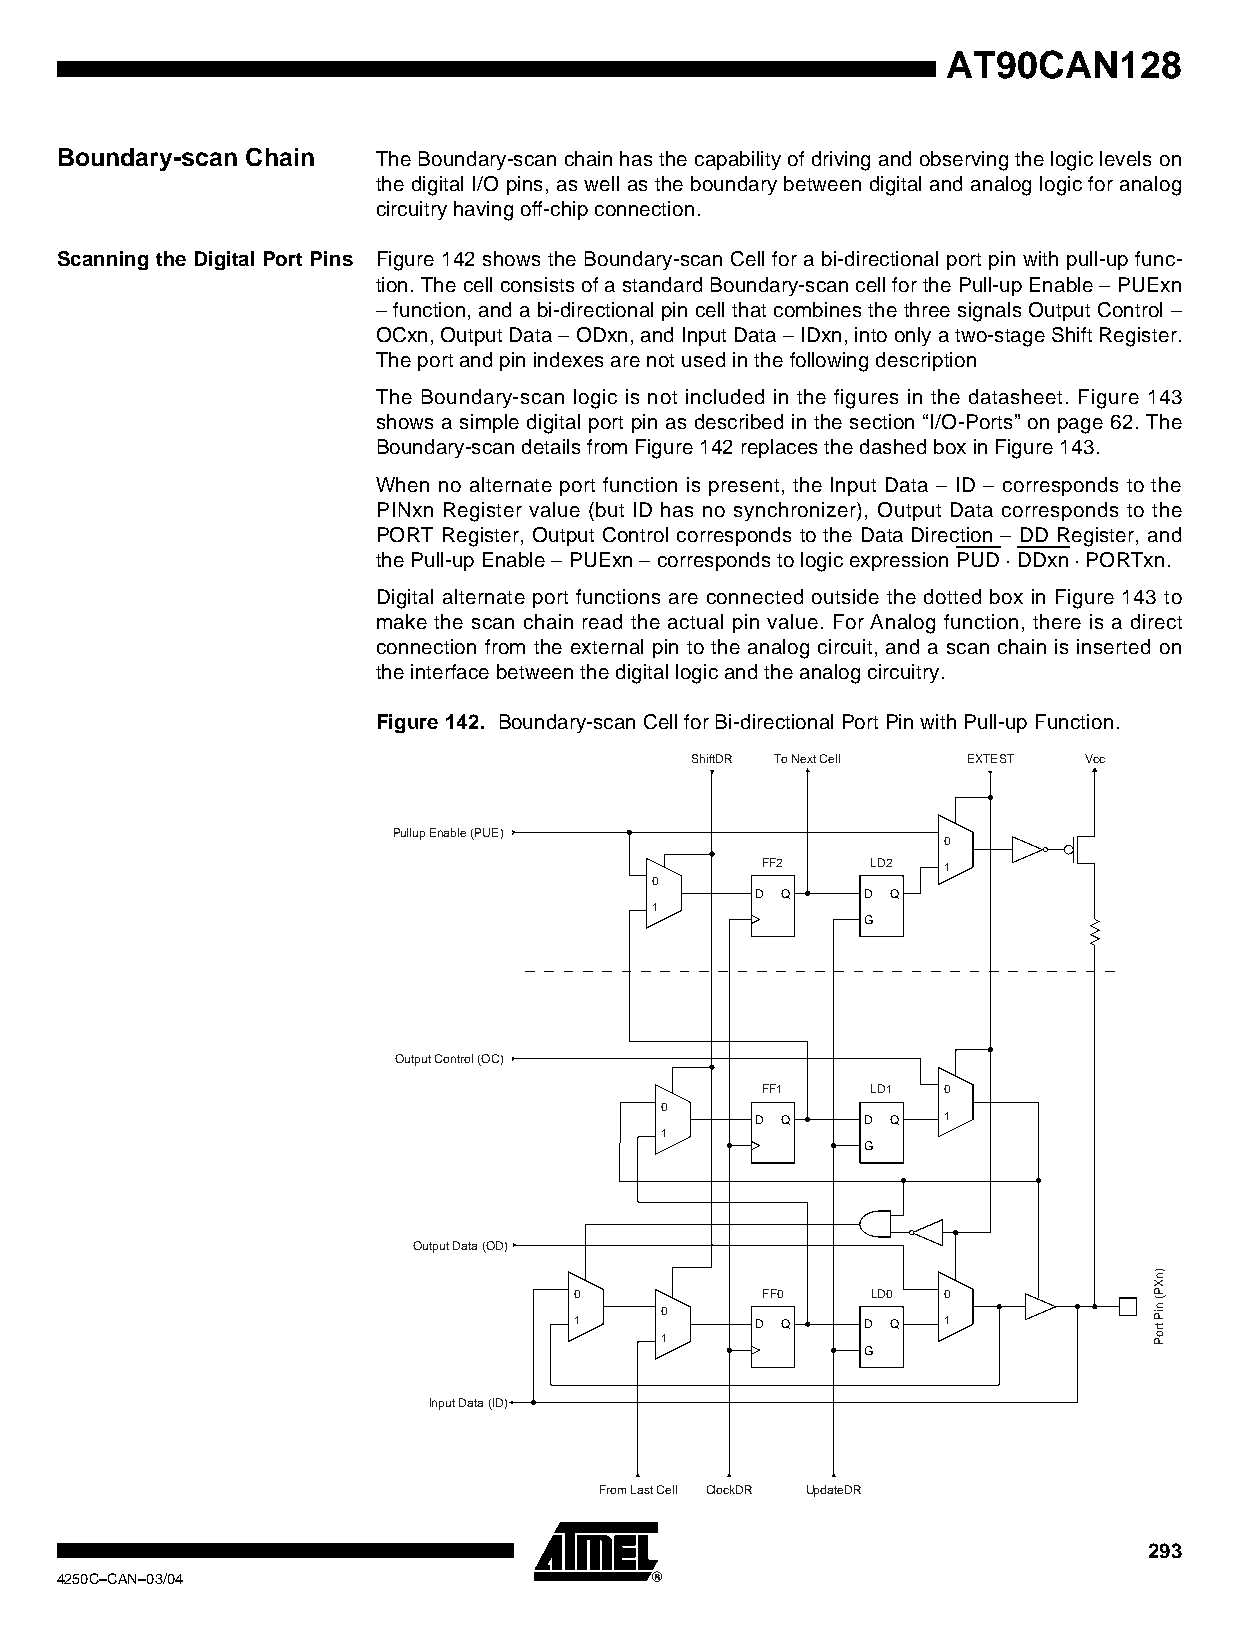
AT90CAN128
 Boundary-scan Chain  The Boundary-scan chain has the capability of driving and observing the logic levels on
 the digital I/O pins, as well as the boundary between digital and analog logic for analog
 circuitry having off-chip connection.
 Scanning the Digital Port Pins Figure 142 shows the Boundary-scan Cell for a bi-directional port pin with pull-up func-
 tion. The cell consists of a standard Boundary-scan cell for the Pull-up Enable – PUExn
 – function, and a bi-directional pin cell that combines the three signals Output Control –
 OCxn, Output Data – ODxn, and Input Data – IDxn, into only a two-stage Shift Register.
 The port and pin indexes are not used in the following description
 The Boundary-scan logic is not included in the figures in the datasheet. Figure 143
 shows a simple digital port pin as described in the section “I/O-Ports” on page 62. The
 Boundary-scan details from Figure 142 replaces the dashed box in Figure 143.
 When no alternate port function is present, the Input Data – ID – corresponds to the
 PINxn Register value (but ID has no synchronizer), Output Data corresponds to the
 PORT Register, Output Control corresponds to the Data Direction – DD Register, and
 the Pull-up Enable – PUExn – corresponds to logic expression PUD · DDxn · PORTxn.
 Digital alternate port functions are connected outside the dotted box in Figure 143 to
 make the scan chain read the actual pin value. For Analog function, there is a direct
 connection from the external pin to the analog circuit, and a scan chain is inserted on
 the interface between the digital logic and the analog circuitry.
 Figure 142. Boundary-scan Cell for Bi-directional Port Pin with Pull-up Function.
 ShiftDR To Next Cell EXTEST Vcc
 Pullup Enable (PUE)
 0
 FF2     LD2 1
 0
 D Q    D Q
 1
 G
 Output Control (OC)
 FF1     LD1 0
 0
 D Q    D Q  1
 1
 G
 Output Data (OD)
 0           FF0     LD0 0
 0
 1           D Q    D Q  1
 1
 G
 Input Data (ID)
 From Last Cell ClockDR UpdateDR
 293
 4250C–CAN–03/04
 )nXP(
 niP
 troP